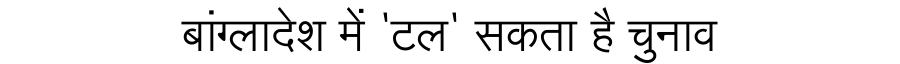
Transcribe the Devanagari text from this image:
बांग्लादेश में 'टल' सकता है चुनाव